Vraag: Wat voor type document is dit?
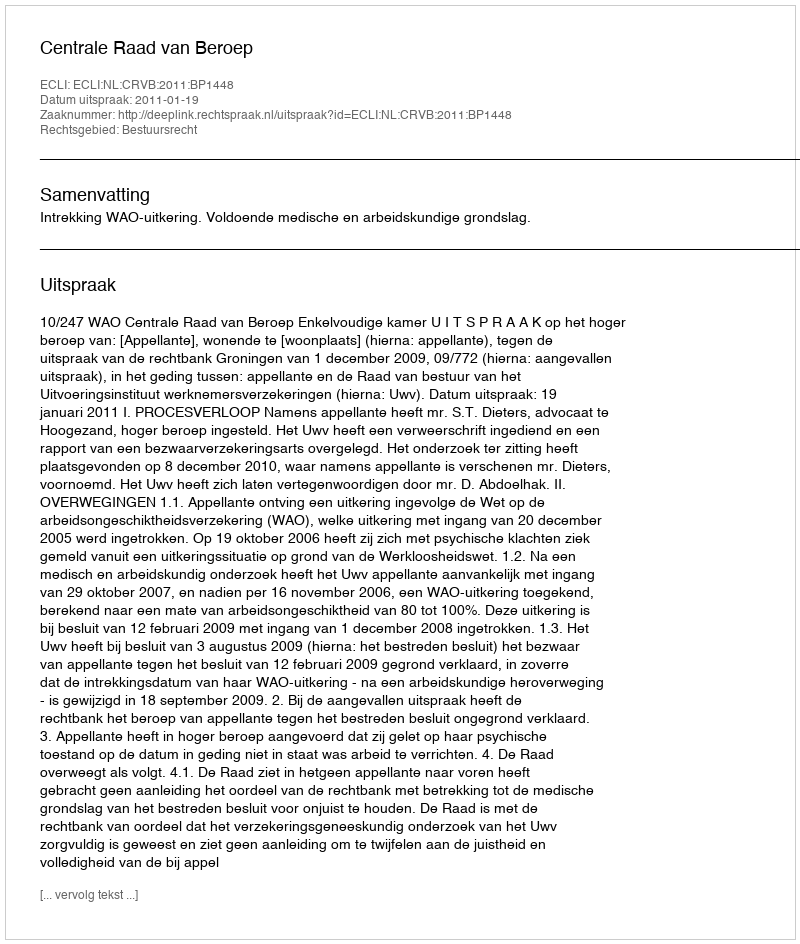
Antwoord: Uitspraak